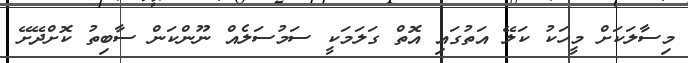
މިސާލަކަށް މީހަކު ކަލޭ އަތުގައި އޮތް ގަލަމަކީ ސަމުސަލެއް ނޫންކަން ސާބިތު ކޮށްދޭށޭ